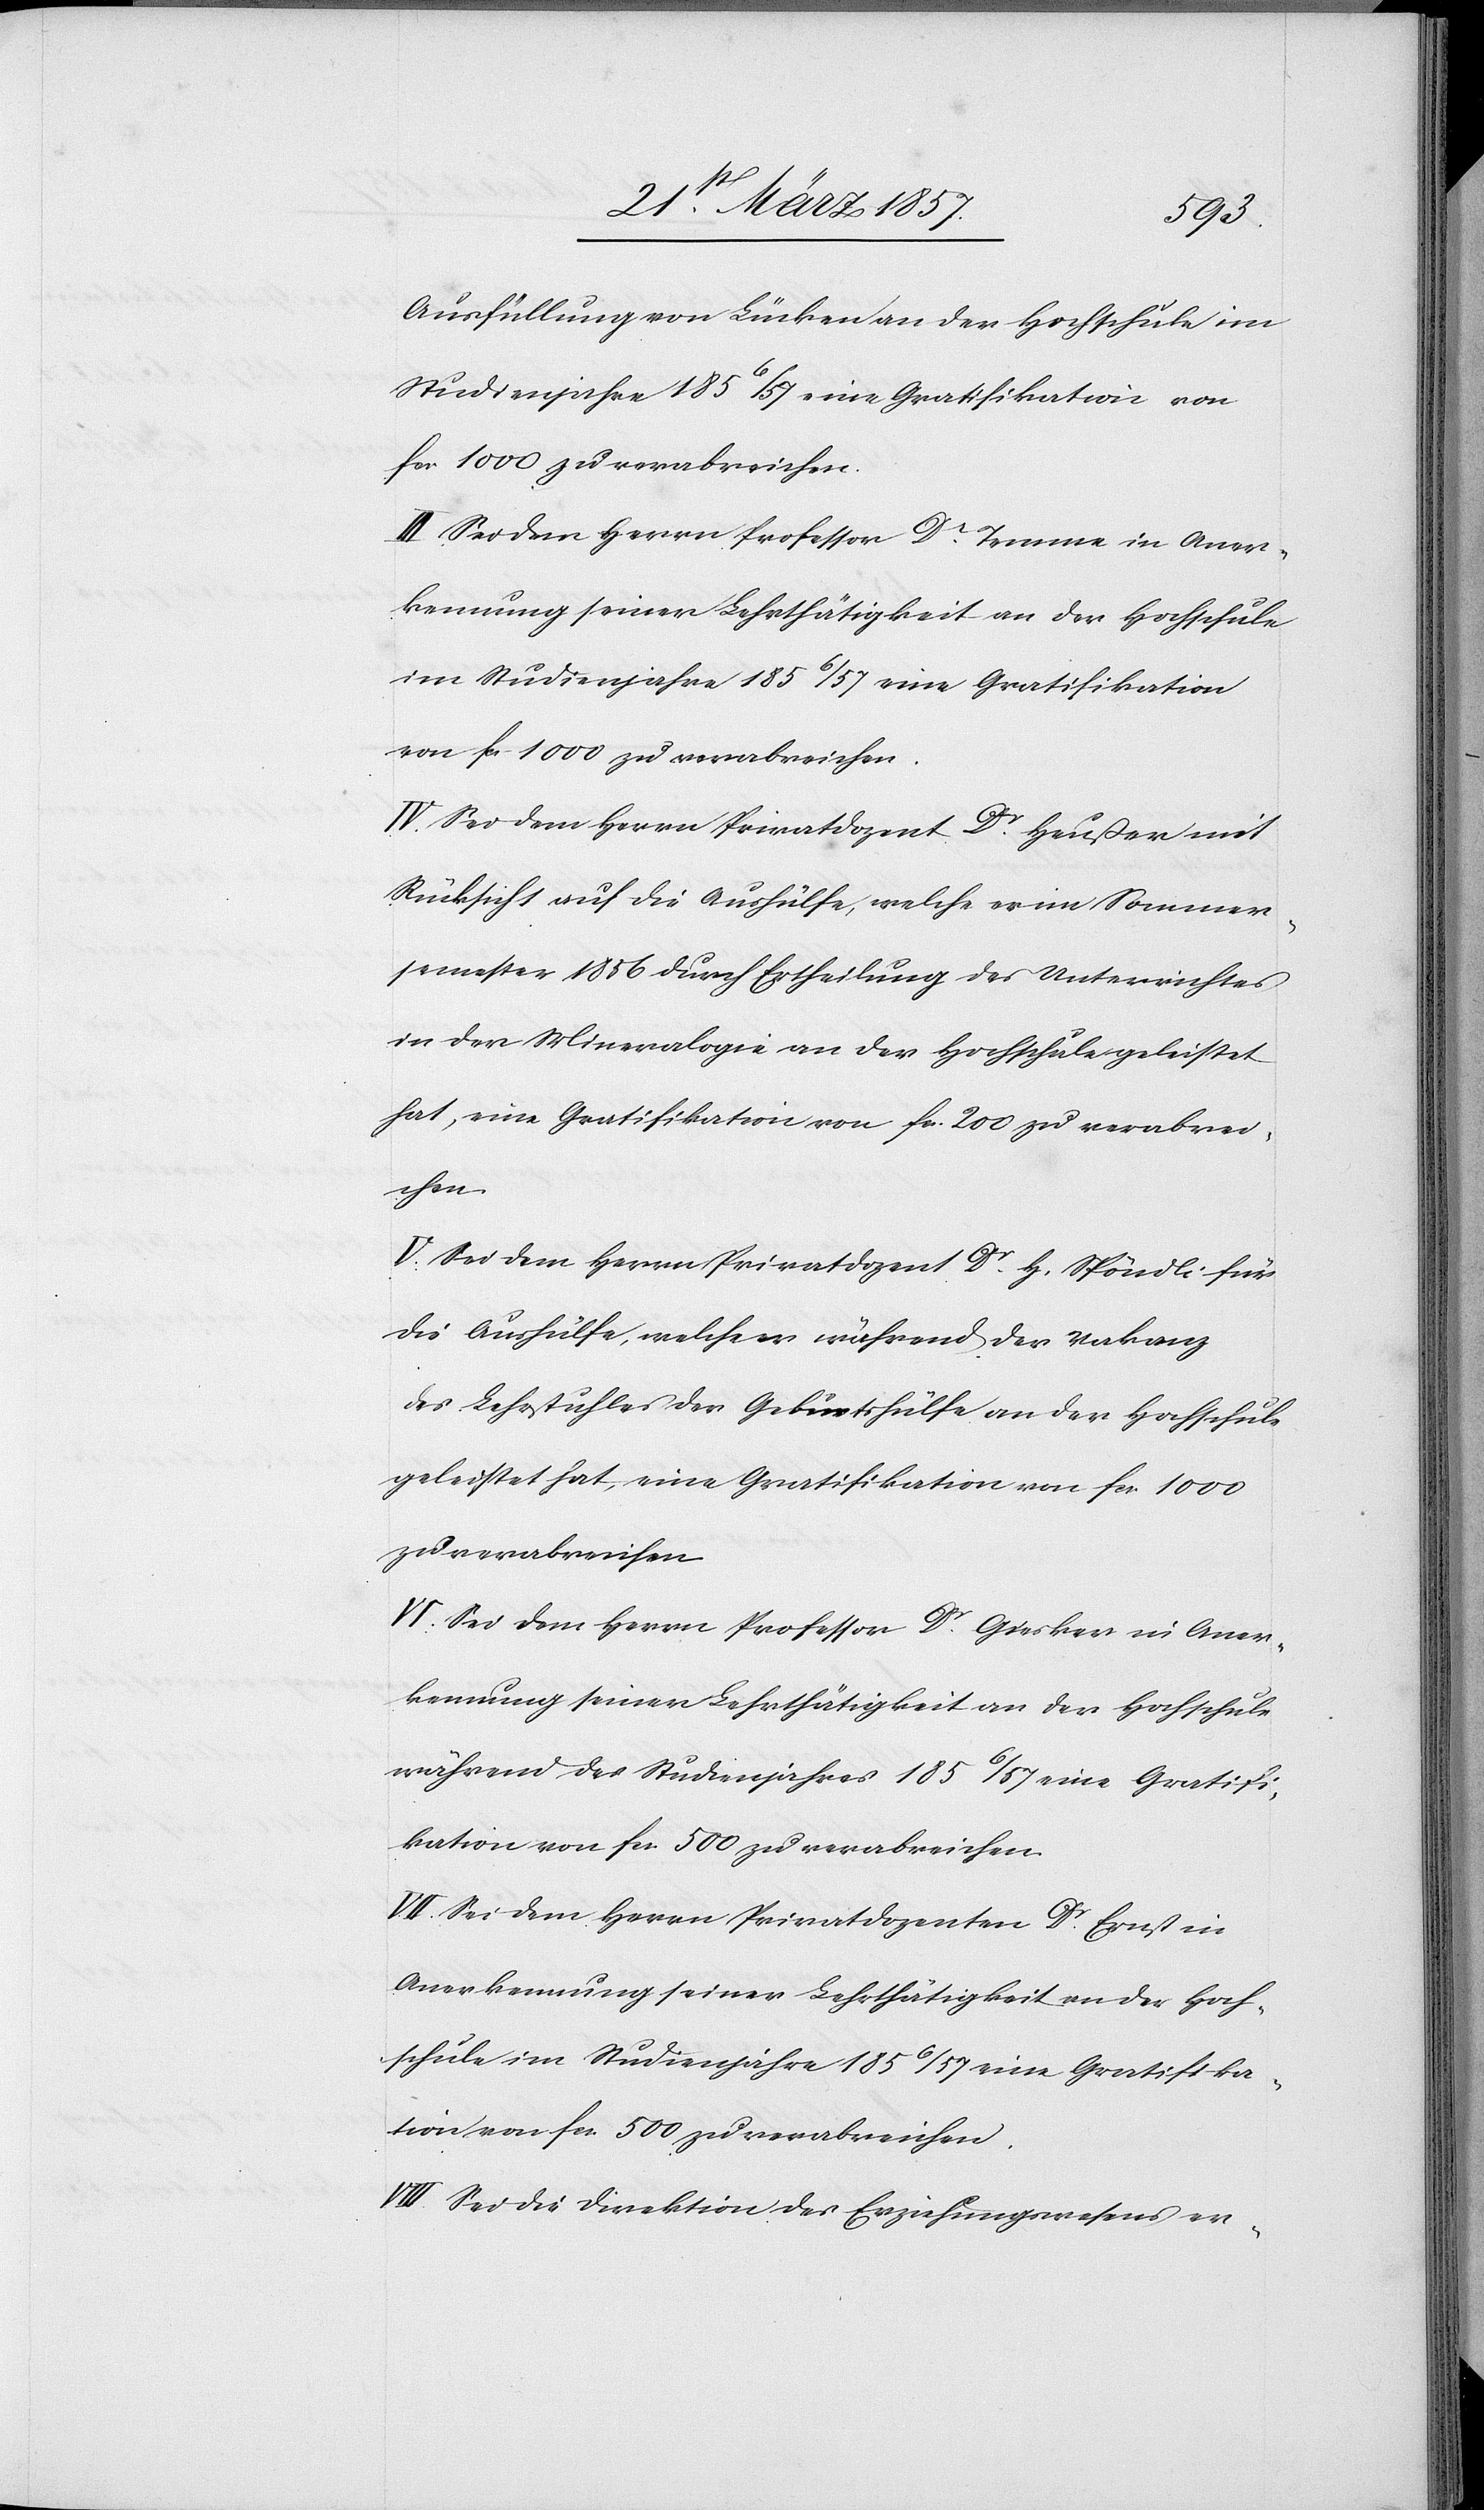
Ausfüllung von Lücken an der Hochschule im
Studienjahre 1856/57 eine Gratifikation von
fr. 1000 zu verabreichen.
III. Sei dem Herrn Professor Dr Temme in Aner¬
kennung seiner Lehrthätigkeit an der Hochschule
im Studienjahre 1856/57 eine Gratifikation
von fr. 1000 zu verabreichen.
IV. Sei dem Herrn Privatdozent Dr Heußer mit
Rücksicht auf die Aushülfe, welche er im Sommer¬
semester 1856 durch Ertheilung des Unterrichtes
in der Mineralogie an der Hochschule geleistet
hat, eine Gratifikation von fr. 200 zu verabrei¬
chen.
V. Sei dem Herrn Privatdozent Dr H. Spöndli für
die Aushülfe, welche er während der Vakanz
des Lehrstuhles der Geburtshülfe an der Hochschule
geleistet hat, eine Gratifikation von fr. 1000
zu verabreichen.
VI. Sei dem Herrn Professor Dr Giesker in Aner¬
kennung seiner Lehrthätigkeit an der Hochschule
während des Studienjahres 1856/57 eine Gratifi¬
kation von fr. 500 zu verabreichen.
VII. Sei dem Herrn Privatdozenten Dr Ernst in
Anerkennung seiner Lehrthätigkeit an der Hoch¬
schule im Studienjahre 1856/57 eine Gratifika¬
tion von fr. 500 zu verabreichen.
VIII. Sei die Direktion des Erziehungswesens er-